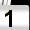
Digit: 1